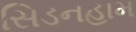
સિડનહામ